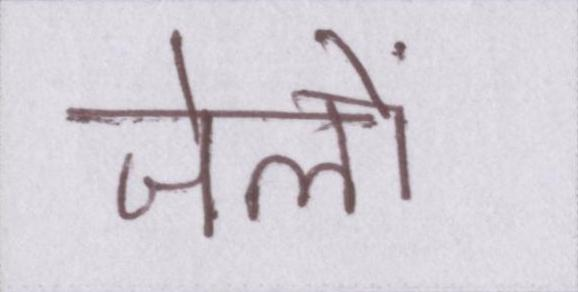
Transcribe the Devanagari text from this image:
जेलों